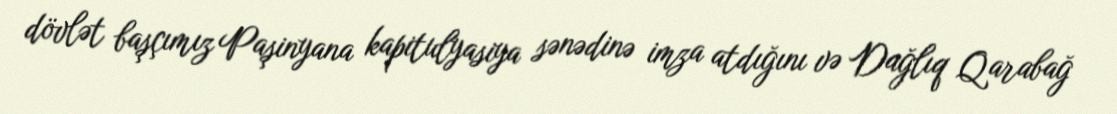
dövlət başçımız Paşinyana kapitulyasiya sənədinə imza atdığını və Dağlıq Qarabağ